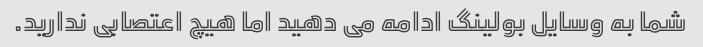
شما به وسایل بولینگ ادامه می دهید اما هیچ اعتصابی ندارید.